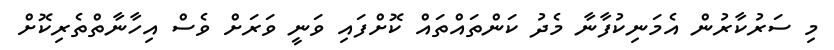
މި ސަރުކާރުން އެމަނިކުފާނާ މެދު ކަންތައްތައް ކޮށްފައި ވަނީ ވަރަށް ވެސް އިހާނާތްތެރިކޮށް